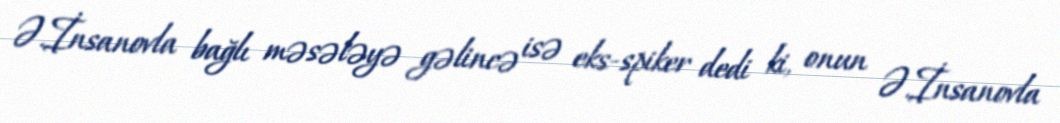
Ə.İnsanovla bağlı məsələyə gəlincə isə eks-spiker dedi ki, onun Ə.İnsanovla